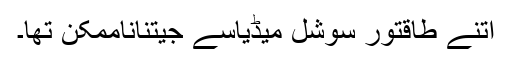
اتنے طاقتور سوشل میڈیاسے جیتناناممکن تھا۔